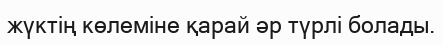
жүктің көлеміне қарай әр түрлі болады.